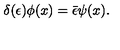
\delta ( \epsilon ) \phi ( x ) = \bar { \epsilon } \psi ( x ) .